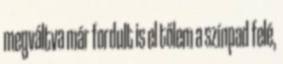
megváltva már fordult is el tőlem a színpad felé,